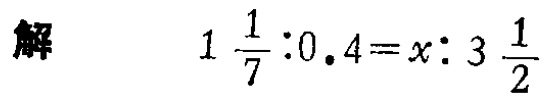
解\(1\frac{1}{7}:0.4 = x:3\frac{1}{2}\)